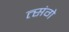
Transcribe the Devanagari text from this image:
त्संगे